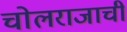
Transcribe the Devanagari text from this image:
चोलराजाची